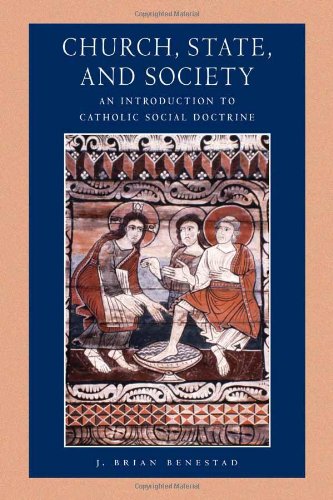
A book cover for Church, State, and Society: An Introduction to Catholic Social Doctrine (Catholic Moral Thought); J. Brian Benestad; Religion & Spirituality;